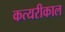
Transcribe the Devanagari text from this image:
कत्यरीकाल